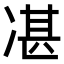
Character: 𠗮